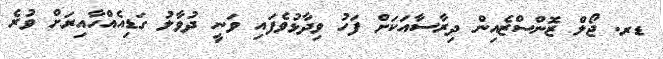
ޑރ. ޖޯލް ޒޮންސްޒެއިން ދިރާސާއަކަށް ފަހު ވިދާޅުވެފައި ވަނީ ދުވާލު ގަޑިއެއްހާއިރަށް ވުރެ